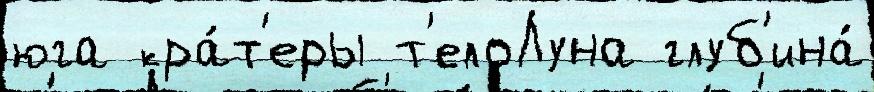
юга кра́т'еры т'елоЛуна глуб'ина́